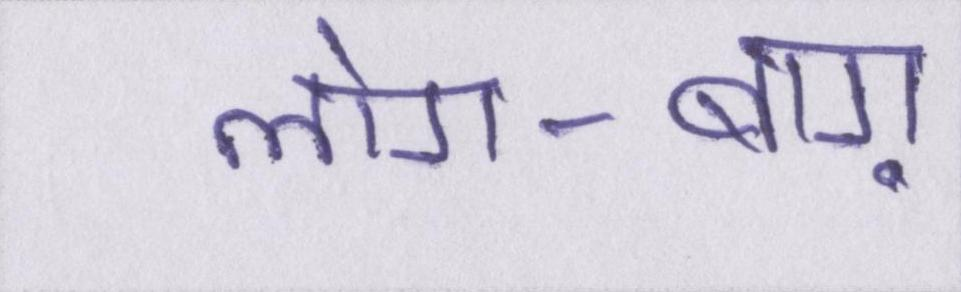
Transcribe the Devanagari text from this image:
लोग-बाग़